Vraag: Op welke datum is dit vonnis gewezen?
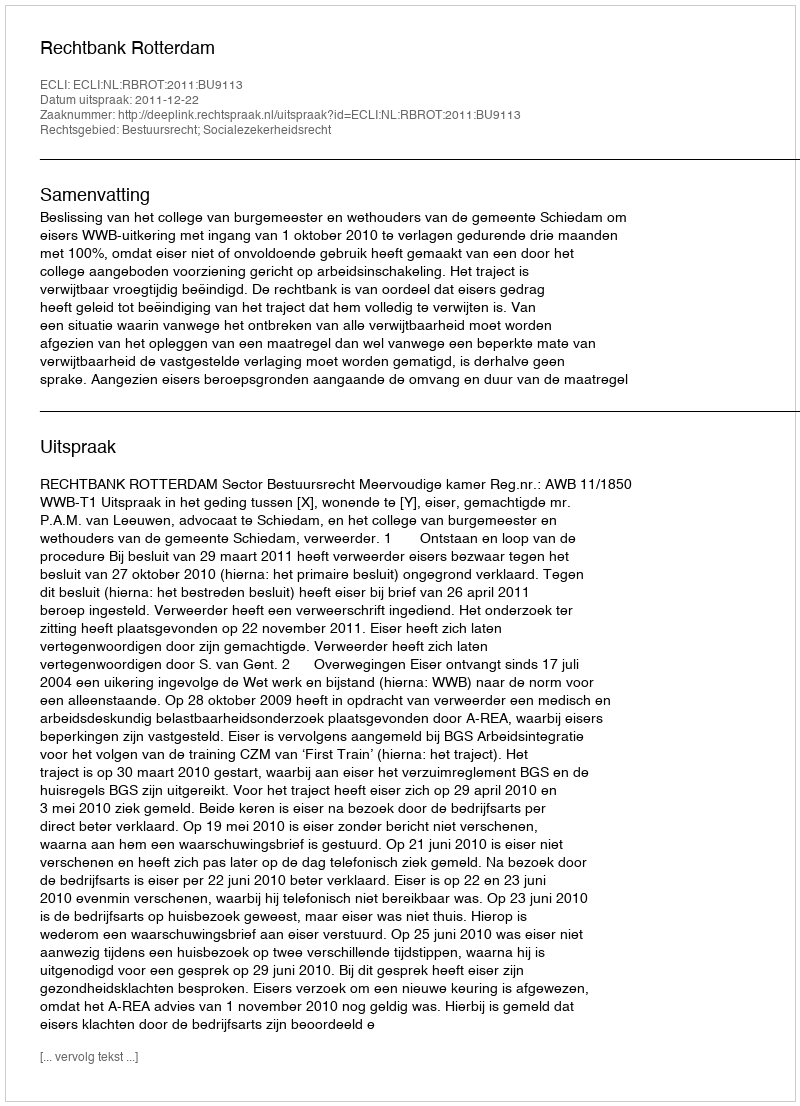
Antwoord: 2011-12-22